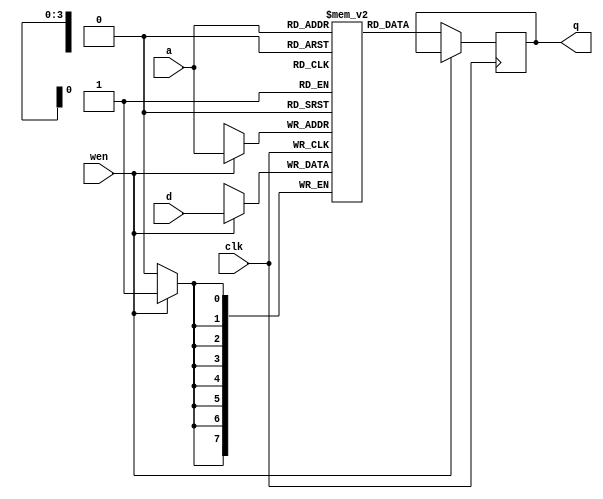
module sram16x8(clk,d,a,wen,q);       
input clk, wen;
parameter a_width=4;
parameter d_width=8;
parameter a_depth=16;

input [d_width-1:0]d;      
input [a_width-1:0]a;
output reg [7:0]q;
reg [d_width-1:0]mem[a_depth-1:0];
always@(posedge clk)
begin
	if (wen==1)
		mem[a]<=d;         // writing into the memory
	else 
		q<=mem[a];         // reading out off the memory 
end
endmodule